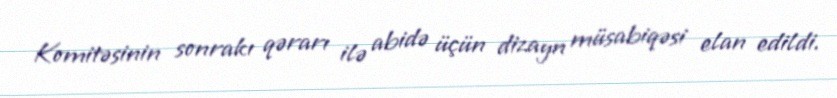
Komitəsinin sonrakı qərarı ilə abidə üçün dizayn müsabiqəsi elan edildi.